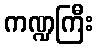
ကဏ္ဍကြီး